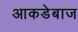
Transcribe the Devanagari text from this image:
आकडेबाज